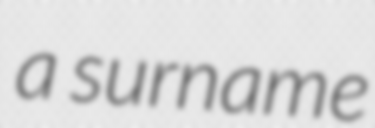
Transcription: a surname